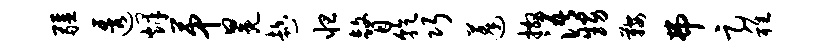
疆透烽第冕趁怛瞽乾巧蓬撒浯甥鞍弗足稚